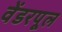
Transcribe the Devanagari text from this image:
वेंडरपूल